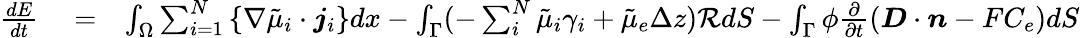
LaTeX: \begin{array}{rlr}{\frac{dE}{dt}}&{{}=}&{\int_{\Omega}\sum_{i=1}^{N}\left\{ \nabla\tilde{\mu}_{i}\cdot\boldsymbol{j}_{i}\right\} dx-\int_{\Gamma}(-\sum_{i}^{N}\tilde{\mu}_{i}\gamma_{i}+\tilde{\mu}_{e}\Delta z)\mathcal{R}dS-\int_{\Gamma}\phi\frac{\partial}{\partial t}\left(\boldsymbol{D}\cdot\boldsymbol{n}-FC_{e}\right)dS}\end{array}